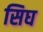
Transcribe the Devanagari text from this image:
सिघ